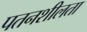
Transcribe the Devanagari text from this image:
पतनशीलता